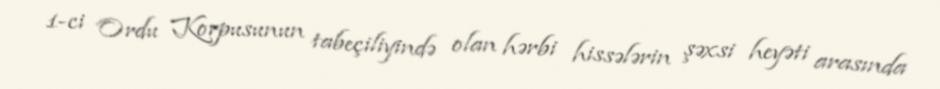
1-ci Ordu Korpusunun tabeçiliyində olan hərbi hissələrin şəxsi heyəti arasında